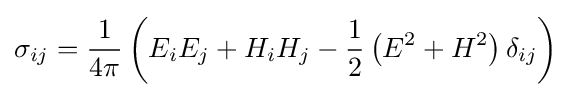
\sigma _{ij}={\frac {1}{4\pi }}\left(E_{i}E_{j}+H_{i}H_{j}-{\frac {1}{2}}\left(E^{2}+H^{2}\right)\delta _{ij}\right)